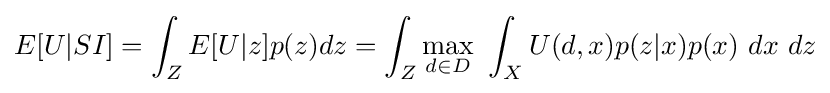
E[U|SI]=\int _{Z}E[U|z]p(z)dz=\int _{Z}\max _{d\in D}~\int _{X}U(d,x)p(z|x)p(x)~dx~dz